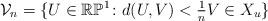
LaTeX: \begin{align*} \mathcal{V}_n = \{U\in \mathbb{RP}^1 \colon d(U,V)< \tfrac{1}{n} V\in X_u \}\end{align*}